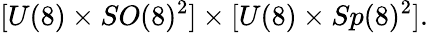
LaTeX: [U(8)\times SO(8)^{2}]\times[U(8)\times Sp(8)^{2}].